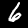
Digit: 6